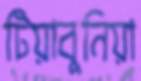
টিয়াবুনিয়া